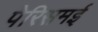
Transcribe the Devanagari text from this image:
पेरिसमई